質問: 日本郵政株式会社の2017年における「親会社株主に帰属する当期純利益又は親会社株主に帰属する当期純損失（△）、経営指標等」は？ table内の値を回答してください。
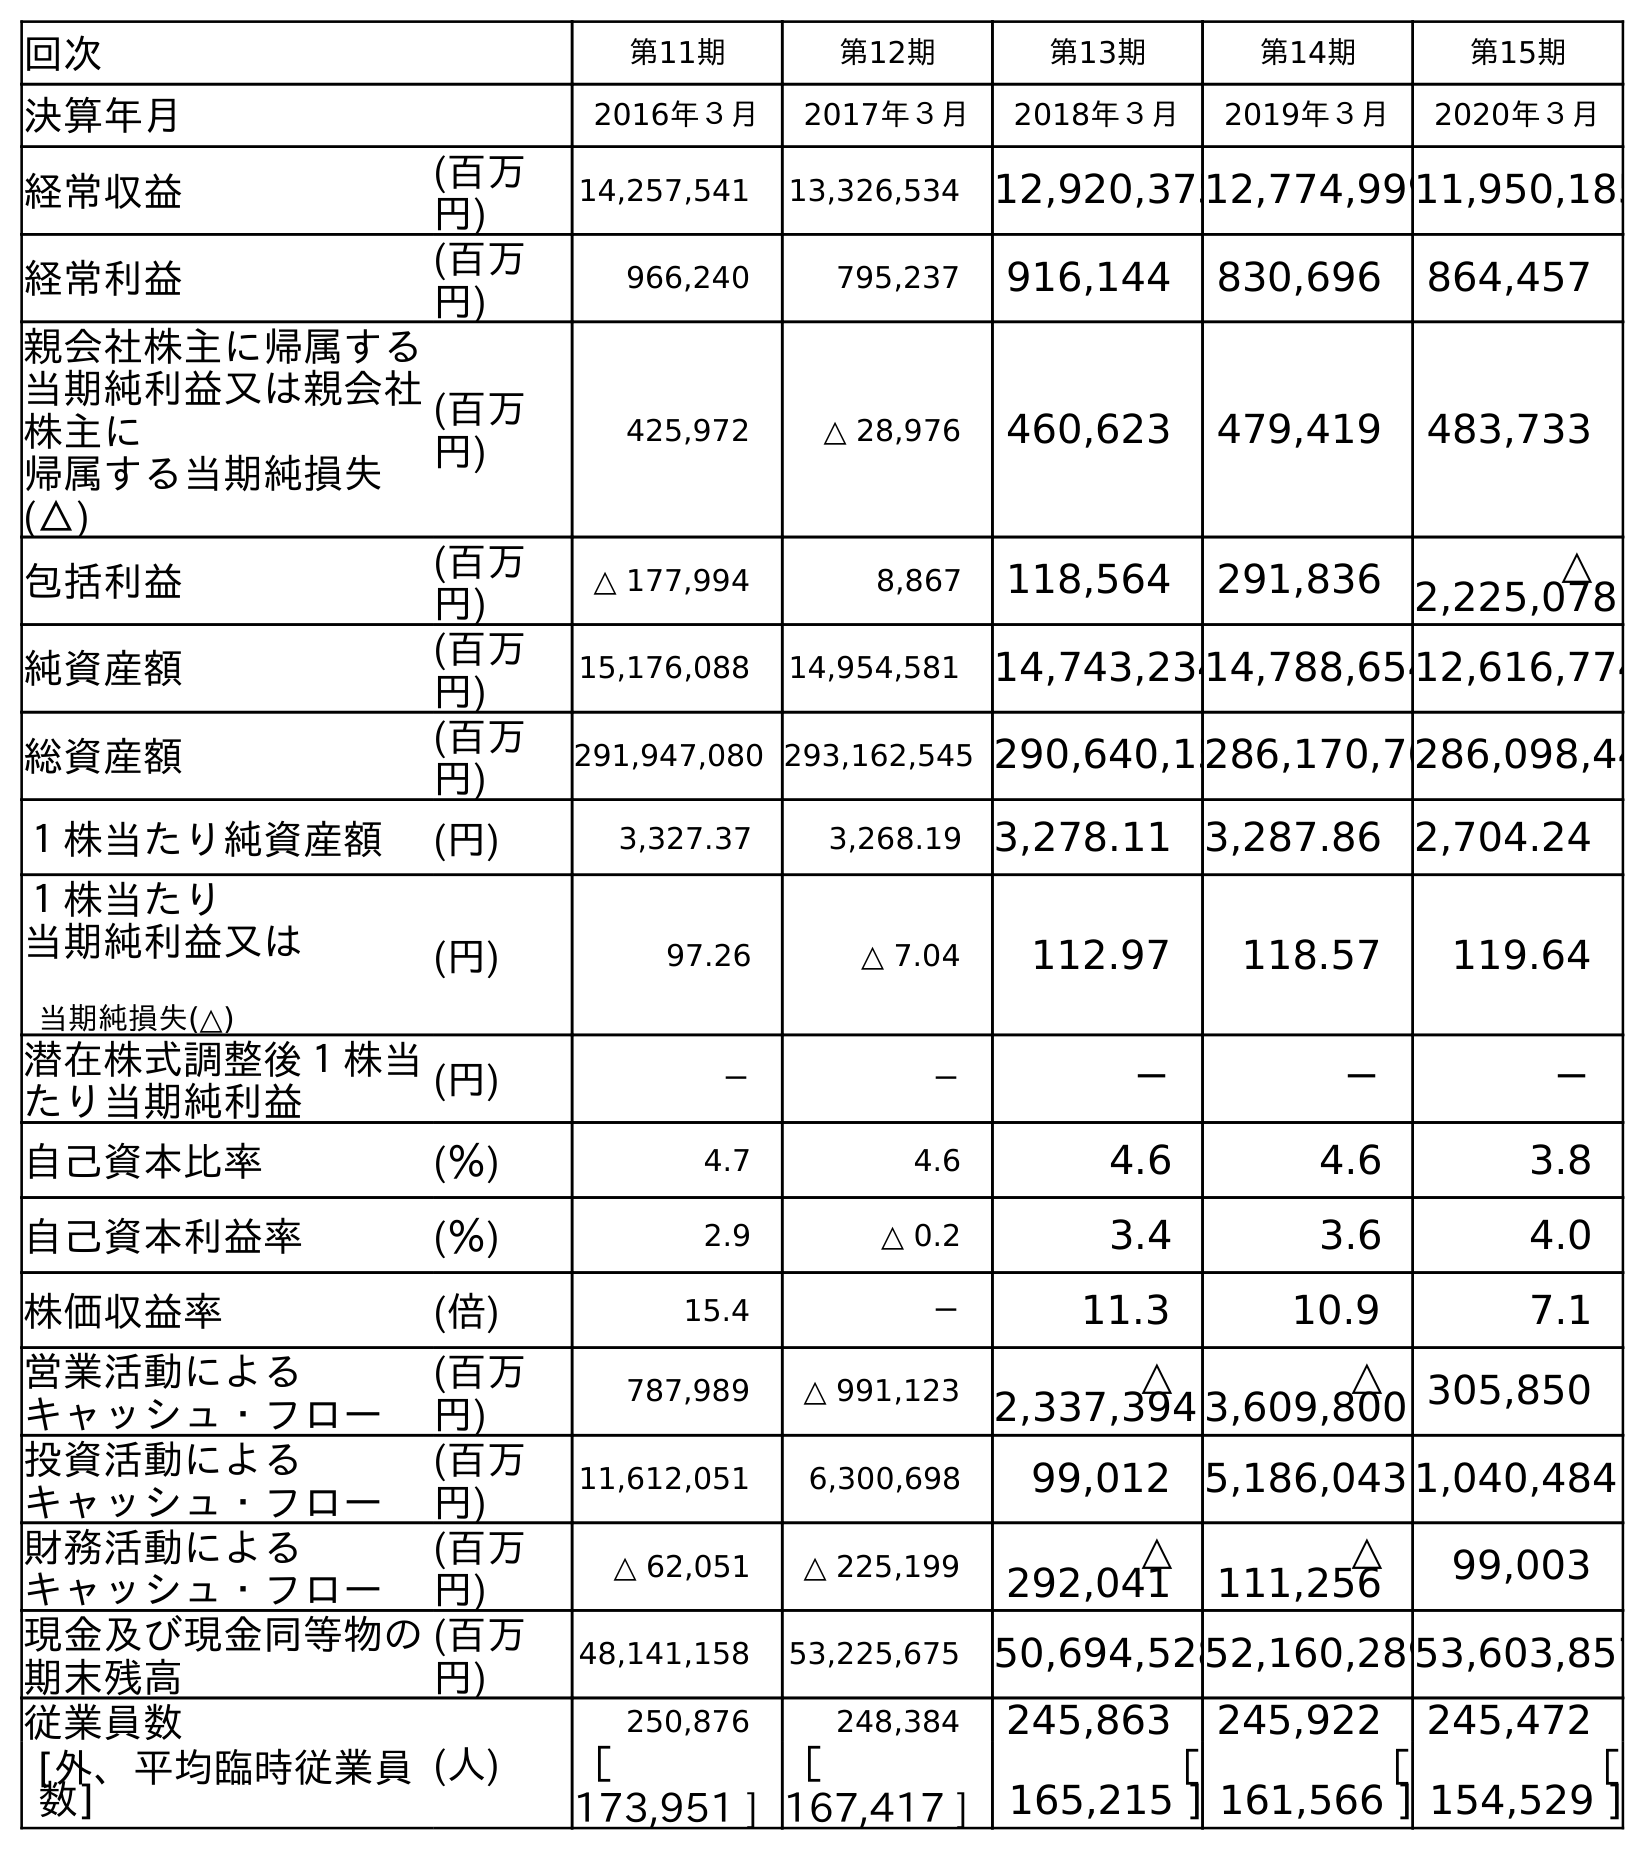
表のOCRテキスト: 回次 第11期 第12期 第13期 第14期 第15期 決算年月 2016年３月 2017年３月 2018年３月 2019年３月 2020年３月 経常収益 (百万 円) 14,257,541 13,326,534 12,920,37512,774,99911,950,185 経常利益 (百万 円) 966,240 795,237 916,144 830,696 864,457 親会社株主に帰属する 当期純利益又は親会社 株主に 帰属する当期純損失 (△) (百万 円) 425,972 △ 28,976 460,623 479,419 483,733 包括利益 (百万 円) △ 177,994 8,867 118,564 291,836 △ 2,225,078 純資産額 (百万 円) 15,176,088 14,954,581 14,743,23414,788,65412,616,774 総資産額 (百万 円) 291,947,080 293,162,545 290,640,15286,170,70286,098,44 １株当たり純資産額 (円) 3,327.37 3,268.19 3,278.11 3,287.86 2,704.24 １株当たり 当期純利益又は 当期純損失(△) (円) 97.26 △ 7.04 112.97 118.57 119.64 潜在株式調整後１株当 たり当期純利益 (円) － － － － － 自己資本比率 (％) 4.7 4.6 4.6 4.6 3.8 自己資本利益率 (％) 2.9 △ 0.2 3.4 3.6 4.0 株価収益率 (倍) 15.4 － 11.3 10.9 7.1 営業活動による キャッシュ・フロー (百万 円) 787,989 △ 991,123 △ 2,337,394 △ 3,609,800 305,850 投資活動による キャッシュ・フロー (百万 円) 11,612,051 6,300,698 99,012 5,186,043 1,040,484 財務活動による キャッシュ・フロー (百万 円) △ 62,051 △ 225,199 △ 292,041 △ 111,256 99,003 現金及び現金同等物の 期末残高 (百万 円) 48,141,158 53,225,675 50,694,52852,160,28953,603,857 従業員数 (人) 250,876 248,384 245,863 245,922 245,472 [外、平均臨時従業員 数] ［ 173,951 ] ［ 167,417 ] ［ 165,215 ] ［ 161,566 ] ［ 154,529 ]
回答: △28,976